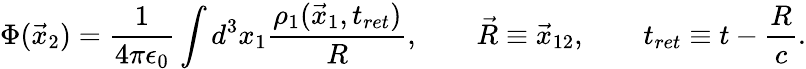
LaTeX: \Phi(\vec{x}_{2})=\frac{1}{4\pi\epsilon_{0}}\int d^{3}x_{1}\frac{\rho_{1}(\vec{x}_{1},t_{ret})}{R},\qquad\vec{R}\equiv\vec{x}_{12},\qquad t_{ret}\equiv t-\frac{R}{c}.